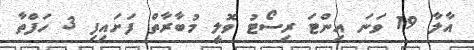
އާލާ 19 ވަނަ އިންޓަ ރިސޯޓު ވޮލީ މުބާރާތް ފަށައިފި 3 ހަފްތާ